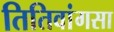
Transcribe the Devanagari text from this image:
तितिवांगसा